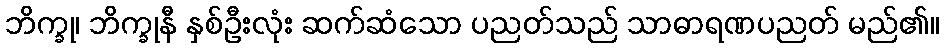
ဘိက္ခု၊ ဘိက္ခုနီ နှစ်ဦးလုံး ဆက်ဆံသော ပညတ်သည် သာဓာရဏပညတ် မည်၏။